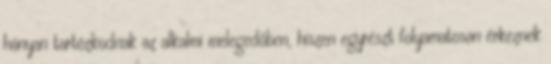
hányan tartózkodnak az alkalmi melegedőben, hiszen egyrészt folyamatosan érkeznek